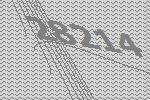
28214